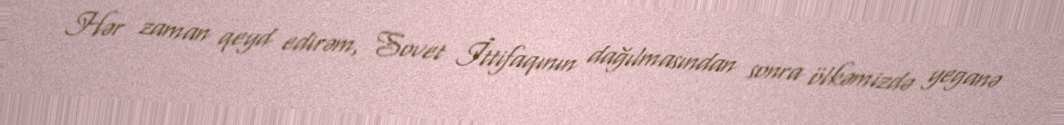
Hər zaman qeyd edirəm, Sovet İttifaqının dağılmasından sonra ölkəmizdə yeganə